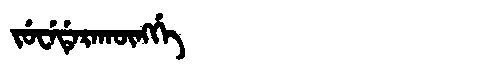
Manchu: ᠵᡠᠸᡝᡩᡝᡵᠠᡴᡡᠩᡤᡝ
Romanization: JUWEDERAKŪNGGE